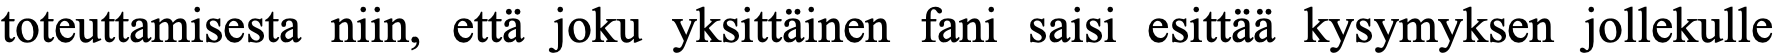
toteuttamisesta niin, että joku yksittäinen fani saisi esittää kysymyksen jollekulle